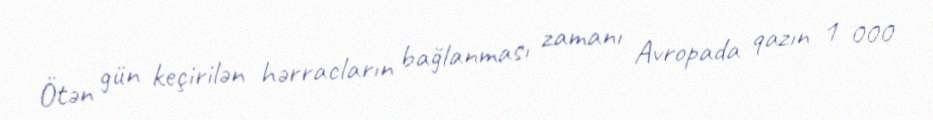
Ötən gün keçirilən hərracların bağlanması zamanı Avropada qazın 1 000